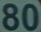
80